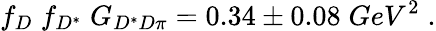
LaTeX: f_{D}\; f_{D^{*}}\; G_{D^{*}D\pi}=0.34\pm 0.08\; GeV^{2}\; .